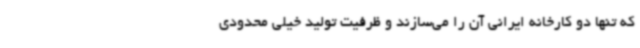
که تنها دو کارخانه ایرانی آن را می‌سازند و ظرفیت تولید خیلی محدودی